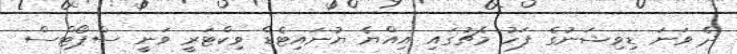
ދެ ވަނަ ޑިވިޝަނުގެ ފަހު މެޗުގައި އިއްޔެ ޔުނައިޓެޑް ވިކްޓަރީ ވަނީ ސްޕޯޓްސް